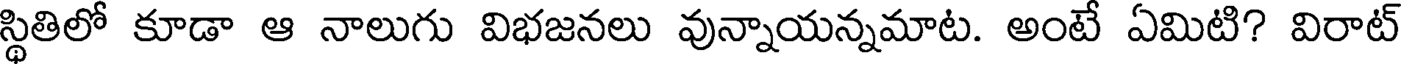
స్థితిలో కూడా ఆ నాలుగు విభజనలు వున్నాయన్నమాట. అంటే ఏమిటి? విరాట్